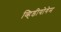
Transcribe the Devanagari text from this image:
व्हिडीयोगेम